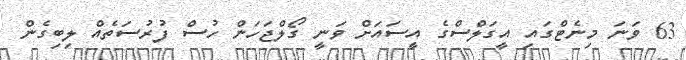
63 ވަނަ މިނެޓްގައި އީގަލްސްގެ އީސައަށް ވަނީ ގޯލްޖަހަން ހުސް ފުރުސަތެއް ލިބިގެން